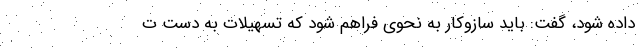
داده شود، گفت: باید سازوکار به نحوی فراهم شود که تسهیلات به دست ت